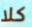
كلا